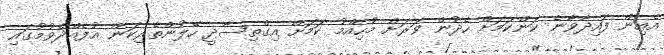
އެއިން ފައިދާވާނެ ކަންކަމަށް ހެދުން ވަރަށް މުހިއްމު ކަމަށް އިގްތިސާދީ ހޭލުންތެރިކަން އުފެއްދެވުމުގައި